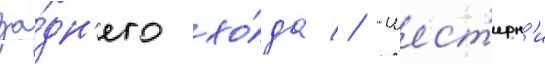
за́дн'его хо́да // -шест'ерн'и